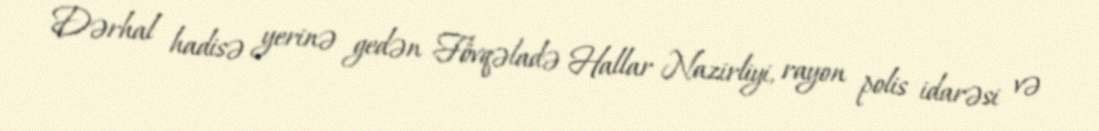
Dərhal hadisə yerinə gedən Fövqəladə Hallar Nazirliyi, rayon polis idarəsi və